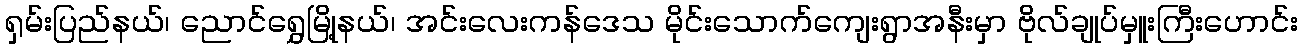
ရှမ်းပြည်နယ်၊ ညောင်ရွှေမြို့နယ်၊ အင်းလေးကန်ဒေသ မိုင်းသောက်ကျေးရွာအနီးမှာ ဗိုလ်ချုပ်မှူးကြီးဟောင်း